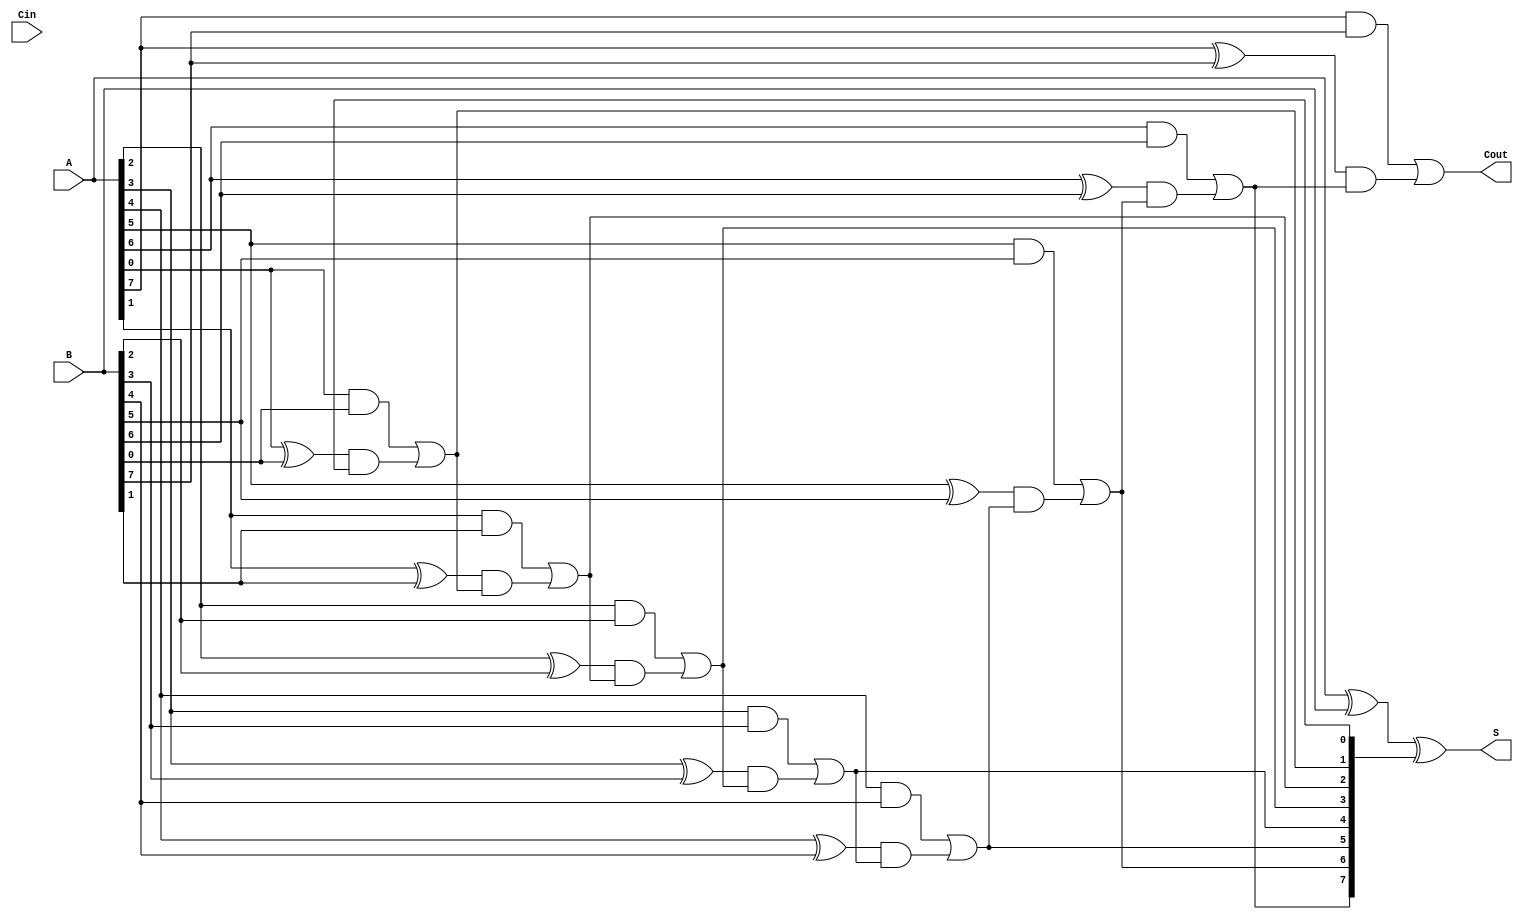
module ManchesterCarryChainAdder #(parameter n = 8) (
    input  wire [n-1:0] A,
    input  wire [n-1:0] B,
    input  wire Cin,
    output wire [n-1:0] S,
    output wire Cout
);

// Internal wires for carry generation
wire [n:0] C; // Carry chain, C[0] = Cin, C[n] = Cout

// Generate carries using Manchester carry chain logic
genvar i;
generate
    for (i = 0; i < n; i = i + 1) begin : carry_chain
        // Carry logic: C[i+1] = (A[i] AND B[i]) OR (A[i] XOR B[i] AND C[i])
        assign C[i+1] = (A[i] & B[i]) | ((A[i] ^ B[i]) & C[i]);
    end
endgenerate

// Sum calculation using XOR
assign S = A ^ B ^ C[n-1:0];

// Assign final Carry-Out
assign Cout = C[n];

endmodule